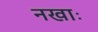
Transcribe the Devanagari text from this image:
नखाः